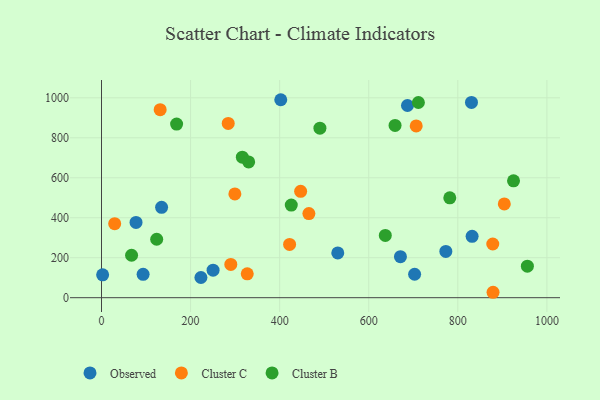
{"axis": {"x": "Ad Spend", "y": "Fuel Efficiency"}, "legend": ["Cluster B", "Cluster C", "Observed"], "data": [{"x": "830.7", "y": 977.1, "type": "Observed"}, {"x": "832.1", "y": 307.0, "type": "Observed"}, {"x": "773.1", "y": 231.3, "type": "Observed"}, {"x": "671.2", "y": 205.0, "type": "Observed"}, {"x": "250.5", "y": 137.7, "type": "Observed"}, {"x": "703.0", "y": 117.2, "type": "Observed"}, {"x": "2.5", "y": 114.3, "type": "Observed"}, {"x": "687.0", "y": 961.4, "type": "Observed"}, {"x": "93.4", "y": 116.8, "type": "Observed"}, {"x": "223.2", "y": 101.1, "type": "Observed"}, {"x": "77.5", "y": 376.6, "type": "Observed"}, {"x": "134.9", "y": 452.1, "type": "Observed"}, {"x": "402.5", "y": 990.4, "type": "Observed"}, {"x": "530.5", "y": 224.1, "type": "Observed"}, {"x": "879.1", "y": 27.1, "type": "Cluster C"}, {"x": "422.3", "y": 266.5, "type": "Cluster C"}, {"x": "284.5", "y": 871.7, "type": "Cluster C"}, {"x": "878.5", "y": 268.5, "type": "Cluster C"}, {"x": "29.6", "y": 370.3, "type": "Cluster C"}, {"x": "327.2", "y": 119.4, "type": "Cluster C"}, {"x": "131.7", "y": 940.7, "type": "Cluster C"}, {"x": "706.6", "y": 859.1, "type": "Cluster C"}, {"x": "904.4", "y": 469.0, "type": "Cluster C"}, {"x": "299.4", "y": 519.3, "type": "Cluster C"}, {"x": "447.1", "y": 531.9, "type": "Cluster C"}, {"x": "465.6", "y": 420.8, "type": "Cluster C"}, {"x": "290.3", "y": 166.6, "type": "Cluster C"}, {"x": "316.2", "y": 702.8, "type": "Cluster B"}, {"x": "956.2", "y": 157.5, "type": "Cluster B"}, {"x": "426.1", "y": 463.1, "type": "Cluster B"}, {"x": "168.6", "y": 868.8, "type": "Cluster B"}, {"x": "490.4", "y": 848.0, "type": "Cluster B"}, {"x": "123.9", "y": 292.4, "type": "Cluster B"}, {"x": "330.4", "y": 679.4, "type": "Cluster B"}, {"x": "637.2", "y": 311.4, "type": "Cluster B"}, {"x": "925.1", "y": 584.8, "type": "Cluster B"}, {"x": "711.5", "y": 976.6, "type": "Cluster B"}, {"x": "782.0", "y": 499.5, "type": "Cluster B"}, {"x": "67.5", "y": 212.4, "type": "Cluster B"}, {"x": "659.1", "y": 862.0, "type": "Cluster B"}]}